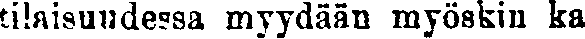
tilaisuudessa myydään myöskin ka